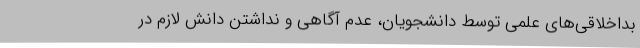
بداخلاقی‌های علمی توسط دانشجویان، عدم آگاهی و نداشتن دانش لازم در